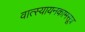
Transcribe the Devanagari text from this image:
वात्स्यायनकामसूत्र